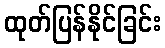
ထုတ်ပြန်နိုင်ခြင်း